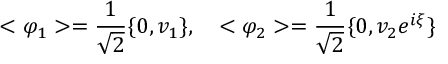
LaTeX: < \varphi _ { 1 } > = \frac { 1 } { \sqrt { 2 } } \{ 0 , v _ { 1 } \} , \quad < \varphi _ { 2 } > = \frac { 1 } { \sqrt { 2 } } \{ 0 , v _ { 2 } e ^ { i \xi } \}